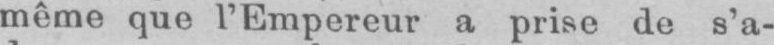
même que l’Empereur a prise do s’a-